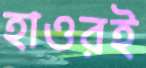
হাওরই